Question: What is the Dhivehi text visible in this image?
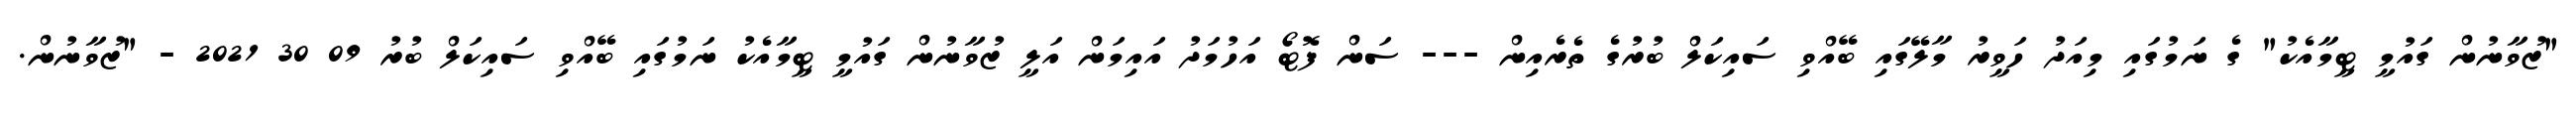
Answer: "ޒުވާނުން ގައުމީ ޓީމާއެކު" ގެ ނަމުގައި މިއަދު ހަވީރު މާލޭގައި ބޭއްވި ސައިކަލް ބުރުގެ ތެރެއިން --- ސަން ފޮޓޯ އަހުމަދު އައިމަން އަލީ ޒުވާނުން ގައުމީ ޓީމާއެކު ނަމުގައި ބޭއްވި ސައިކަލް ބުރު 09 30 2021 - "ޒުވާނުން.